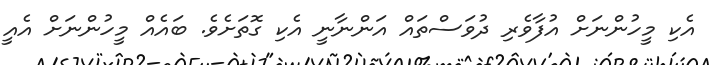
އެކި މީހުންނަށް އުފާވެރި ދުވަސްތައް އަންނާނީ އެކި ގޮތަށެވެ. ބައެއް މީހުންނަށް އެއީ